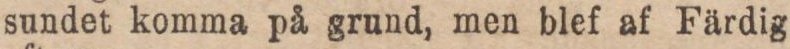
sundet komma på grund, men blef af Färdig